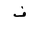
Letter: _fa